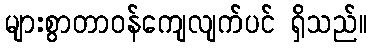
များစွာတာဝန်ကျေလျက်ပင် ရှိသည်။